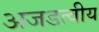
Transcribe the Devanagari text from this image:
अजडत्वीय